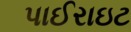
પાઈરાઇટ